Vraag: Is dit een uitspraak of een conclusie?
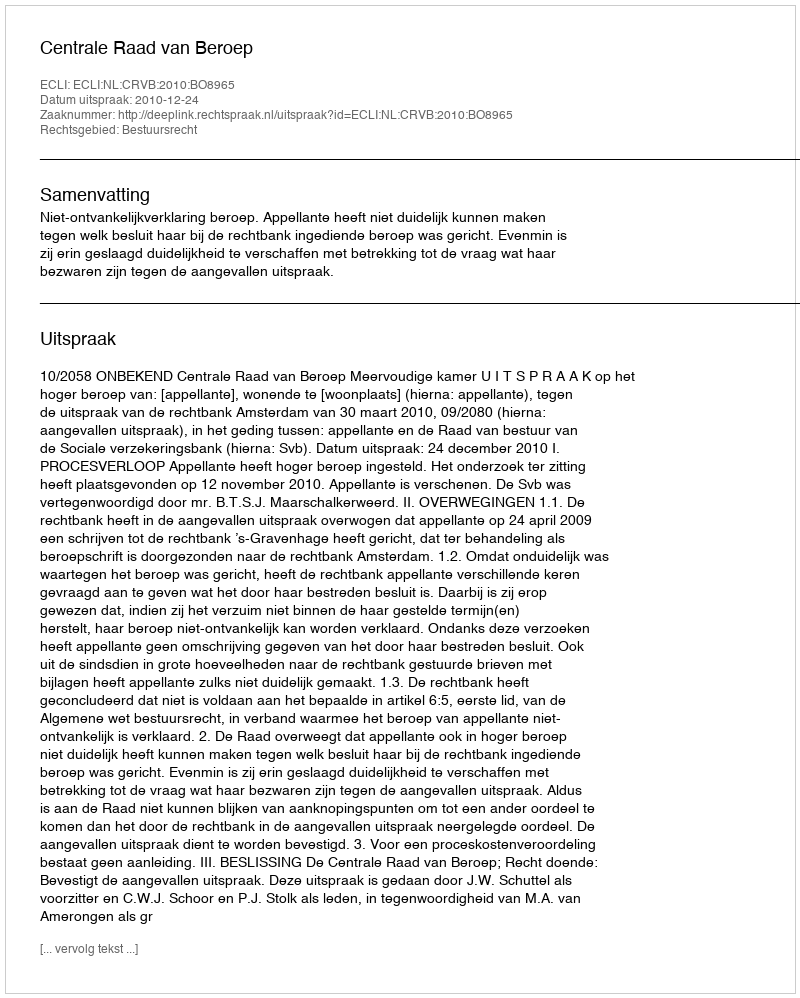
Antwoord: Uitspraak